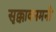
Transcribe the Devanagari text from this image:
सृक्कावनमनी